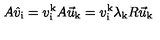
A \hat { v } _ { \mathrm { i } } = v _ { \mathrm { i } } ^ { \mathrm { k } } A \vec { u } _ { \mathrm { k } } = v _ { \mathrm { i } } ^ { \mathrm { k } } \lambda _ { \mathrm { k } } R \vec { u } _ { \mathrm { k } }